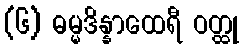
(၆) ဓမ္မဒိန္နာထေရီ ဝတ္ထု